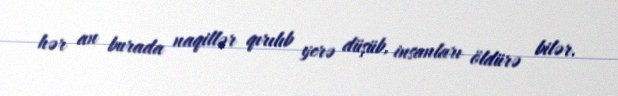
hər an burada naqillər qırılıb yerə düşüb, insanları öldürə bilər.